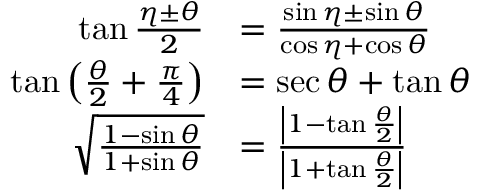
{ \begin{array} { r l } { \tan { \frac { \eta \pm \theta } { 2 } } } & { = { \frac { \sin \eta \pm \sin \theta } { \cos \eta + \cos \theta } } } \\ { \tan \left( { \frac { \theta } { 2 } } + { \frac { \pi } { 4 } } \right) } & { = \sec \theta + \tan \theta } \\ { { \sqrt { \frac { 1 - \sin \theta } { 1 + \sin \theta } } } } & { = { \frac { \left| 1 - \tan { \frac { \theta } { 2 } } \right| } { \left| 1 + \tan { \frac { \theta } { 2 } } \right| } } } \end{array} }